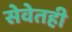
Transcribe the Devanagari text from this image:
सेवेतही